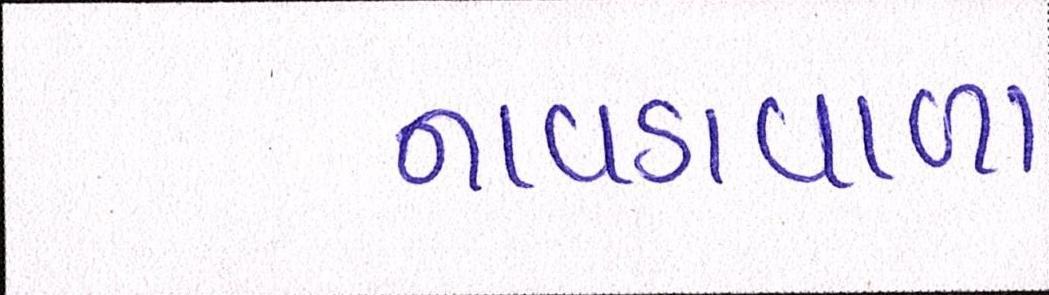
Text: નાવડાવાળા